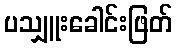
ပသျှူးခေါင်းဖြတ်